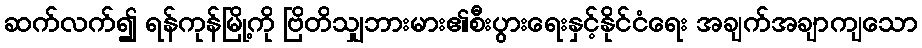
ဆက်လက်၍ ရန်ကုန်မြို့ကို ဗြိတိသျှဘားမား၏စီးပွားရေးနှင့်နိုင်ငံရေး အချက်အချာကျသော